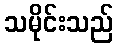
သမိုင်းသည်